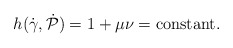
\begin{align*}h(\dot\gamma,\dot{\mathcal P})=1+\mu\nu=\textrm{constant}.\end{align*}